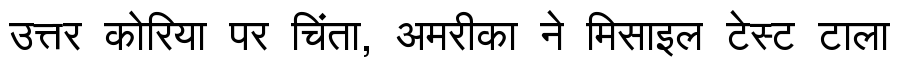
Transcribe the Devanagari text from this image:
उत्तर कोरिया पर चिंता, अमरीका ने मिसाइल टेस्ट टाला